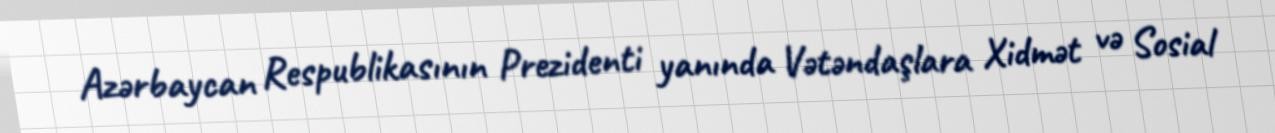
Azərbaycan Respublikasının Prezidenti yanında Vətəndaşlara Xidmət və Sosial